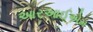
આરઆઈએમ